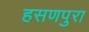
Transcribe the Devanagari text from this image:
हसणपुरा